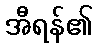
အီရန်၏